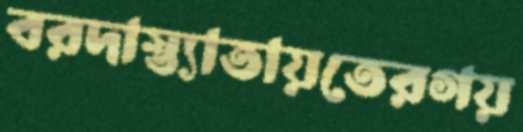
বরদাস্ত্যাতায়তেরগয়